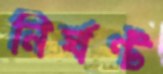
নির্ঘণ্ট